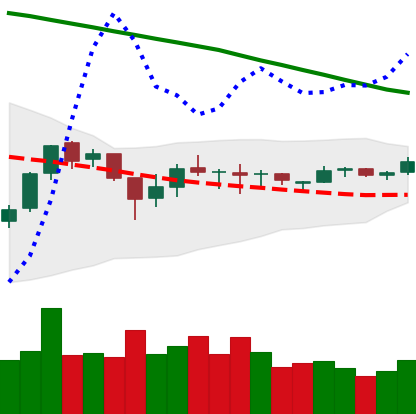
Ticker: EOS-USD
Chart end date: 2018-10-08
Forward return: -11.153%
Label: down_7plus